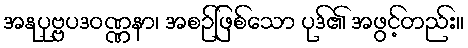
အနုပုဗ္ဗပဒဝဏ္ဏနာ၊ အစဉ်ဖြစ်သော ပုဒ်၏ အဖွင့်တည်း။